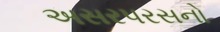
અસરપરસનો